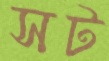
সট